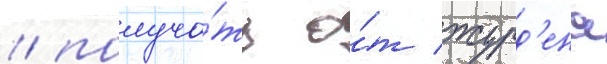
/ получа́ть о́т журд'ена